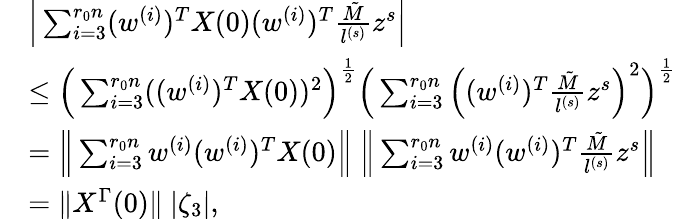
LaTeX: \begin{array}{rl}&{\Big|\sum_{i=3}^{r_{0}n}(w^{(i)})^{T}X(0)(w^{(i)})^{T}\frac{\tilde{M}}{l^{(s)}}z^{s}\Big|}\\ &{\le\Big(\sum_{i=3}^{r_{0}n}((w^{(i)})^{T}X(0))^{2}\Big)^{\frac 12}\Big(\sum_{i=3}^{r_{0}n}\Big((w^{(i)})^{T}\frac{\tilde{M}}{l^{(s)}}z^{s}\Big)^{2}\Big)^{\frac 12}}\\ &{=\Big\| \sum_{i=3}^{r_{0}n}w^{(i)}(w^{(i)})^{T}X(0)\Big\| ~\Big\| \sum_{i=3}^{r_{0}n}w^{(i)}(w^{(i)})^{T}\frac{\tilde{M}}{l^{(s)}}z^{s}\Big\| }\\ &{=\| X^{\Gamma}(0)\| ~|\zeta_{3}|,}\end{array}